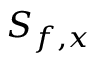
S _ { f , x }